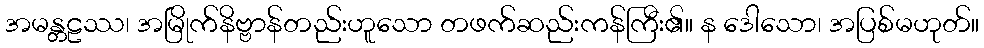
အမန္တဠဿ၊ အမြိုက်နိဗ္ဗာန်တည်းဟူသော တဖက်ဆည်းကန်ကြီး၏။ န ဒေါသော၊ အပြစ်မဟုတ်။